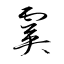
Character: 霙